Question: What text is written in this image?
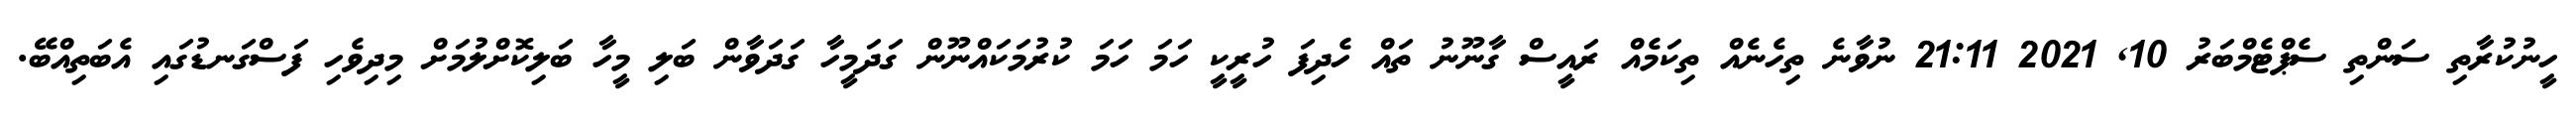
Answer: ހީނުކުރާތި ސަންތި ސެޕްޓެމްބަރު 10, 2021 21:11 ނުވާނެ ތިހެނެއް ތިކަމެއް ރައީސް ގާނޫނު ތައް ހެދިފަ ހުރީކީ ހަމަ ހަމަ ކުރުމަކައްނޫން ގަދަމީހާ ގަދަވާން ބަލި މީހާ ބަލިކޮށްލުމަށް މިދިވެހި ފަސްގަނޑުގައި އެބަތިއްބޭ.